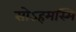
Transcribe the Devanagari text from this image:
सोऽहमस्मि